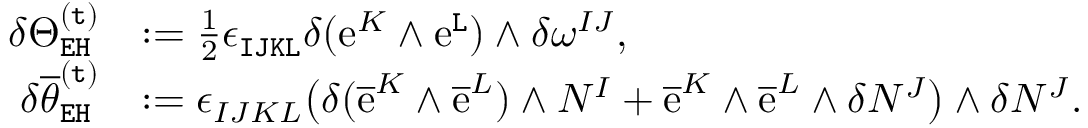
\begin{array} { r l } { \delta \Theta _ { \mathtt { E H } } ^ { \mathtt { ( t ) } } } & { : = \frac { 1 } { 2 } \epsilon _ { \mathtt { I J K L } } \delta ( \mathrm { e } ^ { K } \wedge \mathrm { e } ^ { \mathtt { L } } ) \wedge \delta \omega ^ { I J } , } \\ { \delta \overline { { \theta } } _ { \mathtt { E H } } ^ { \mathtt { ( t ) } } } & { : = \epsilon _ { I J K L } \big ( \delta ( \overline { { \mathrm { e } } } ^ { K } \wedge \overline { { \mathrm { e } } } ^ { L } ) \wedge N ^ { I } + \overline { { \mathrm { e } } } ^ { K } \wedge \overline { { \mathrm { e } } } ^ { L } \wedge \delta N ^ { J } \big ) \wedge \delta N ^ { J } . } \end{array}